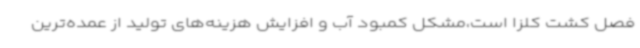
فصل کشت کلزا است،مشکل کمبود آب و افزایش هزینه‌های تولید از عمده‌ترین